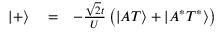
\begin{array} { r l r } { | + \rangle } & { { } = } & { - \frac { \sqrt { 2 } t } { U } \left( | A T \rangle + | A ^ { * } T ^ { * } \rangle \right) } \end{array}